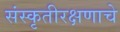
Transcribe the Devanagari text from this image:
संस्कृतीरक्षणाचे